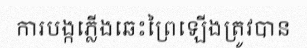
ការបង្កភ្លើងឆេះព្រៃឡើងត្រូវបាន